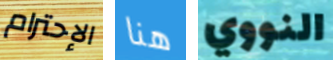
الإحترام هنا النووي